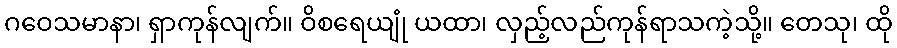
ဂဝေသမာနာ၊ ရှာကုန်လျက်။ ဝိစရေယျုံ ယထာ၊ လှည့်လည်ကုန်ရာသကဲ့သို့။ တေသု၊ ထို